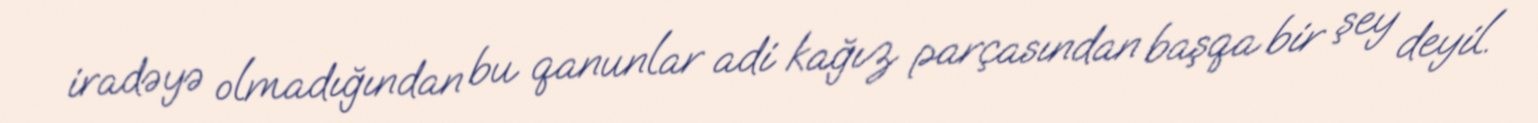
iradəyə olmadığından bu qanunlar adi kağız parçasından başqa bir şey deyil.